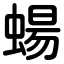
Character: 蝪